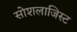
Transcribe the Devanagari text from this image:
सोशलाजिस्ट